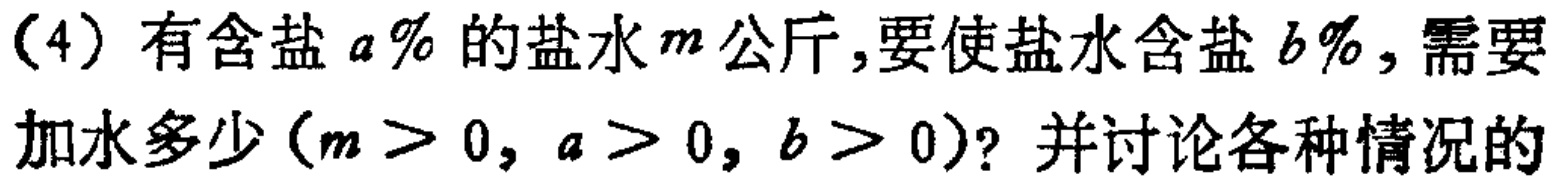
（4）有含盐\(a\%\)的盐水\(m\)公斤，要使盐水含盐\(b\%\)，需要加水多少（\(m > 0\)，\(a > 0\)，\(b > 0\)）？并讨论各种情况的